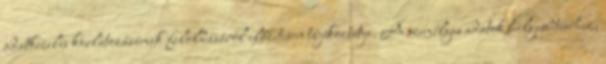
adatkezelés korlátozásának feloldásáról előzetesen tájékoztatja. A személyes adatok helyesbítéséhez,